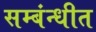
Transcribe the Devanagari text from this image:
सम्बंन्धीत